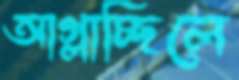
আগ্‌লাচ্ছিলে